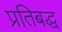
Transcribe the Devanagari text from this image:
प्रतिबद्ध